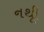
નથીૂ